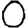
Digit: 0